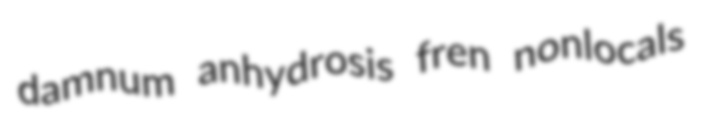
damnum anhydrosis fren nonlocals